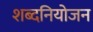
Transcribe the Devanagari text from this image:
शब्दनियोजन